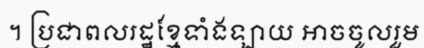
។ ប្រជាពលរដ្ឋខ្មែទាំងឡាយ អាចចូលរួម